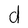
Character: d